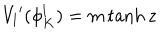
V _ { l } { ' } ( \phi _ { K } ^ { l } ) = m \tanh z